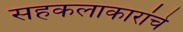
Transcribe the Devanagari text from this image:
सहकलाकारांचे